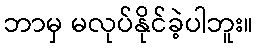
ဘာမှ မလုပ်နိုင်ခဲ့ပါဘူး။